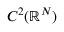
C ^ { 2 } ( \mathbb { R } ^ { N } )